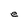
Character: e